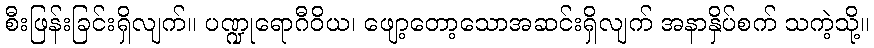
စီးဖြန်းခြင်းရှိလျက်။ ပဏ္ဍုရောဂီဝိယ၊ ဖျော့တော့သောအဆင်းရှိလျက် အနာနှိပ်စက် သကဲ့သို့။